Leaving Certificate Examination, 1911
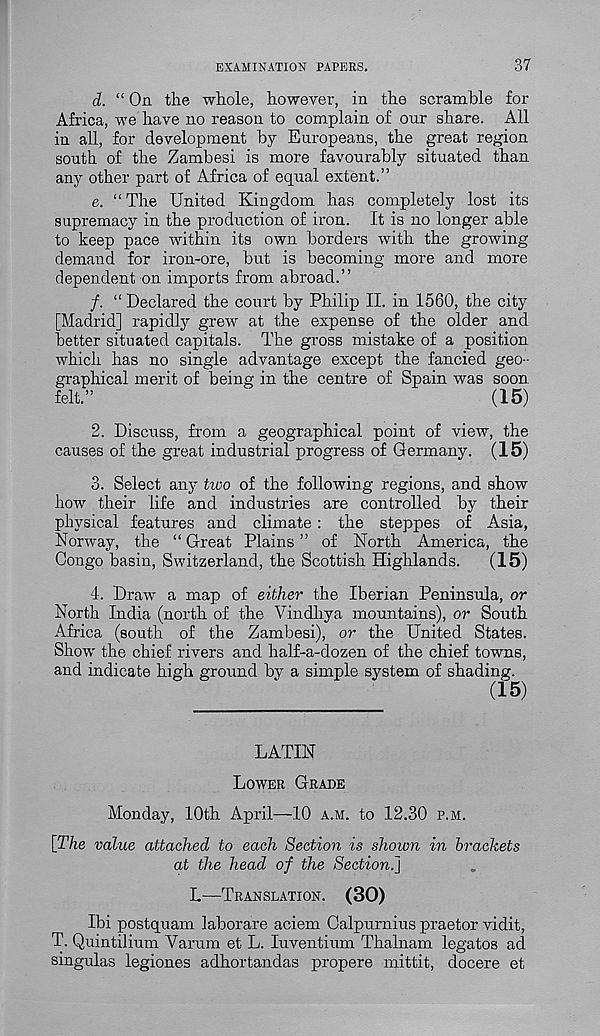
EXAMINATION PAPERS.
37
d. “ On the whole, however, in the scramble for
Africa, we have no reason to complain of onr share. All
in all, for development by Europeans, the great region
south of the Zambesi is more favourably situated than
any other part of Africa of equal extent.”
e. “The United Kingdom has completely lost its
supremacy in the production of iron. It is no longer able
to keep pace within its own borders with the growing
demand for iron-ore, but is becoming more and more
dependent on imports from abroad.”
/. “ Declared the court by Philip II. in 1560, the city
[Madrid] rapidly grew at the expense of the older and
better situated capitals. The gross mistake of a position
which has no single advantage except the fancied geo-
graphical merit of being in the centre of Spain was soon
felt.”
(15)
2. Discuss, from a geographical point of view, the
causes of the great industrial progress of Germany. (15)
3. Select any two of the following regions, and show
how their life and industries are controlled by their
physical features and climate : the steppes of Asia,
Norway, the “ Great Plains ” of North America, the
Congo basin, Switzerland, the Scottish Highlands.
(15)
4. Draw a map of either the Iberian Peninsula, or
North India (north of the Vindhya mountains), or South
Africa (south of the Zambesi), or the United States.
Show the chief rivers and half-a-dozen of the chief towns,
and indicate high ground by a simple system of shading.
LATIN
Lower Grade
Monday, 10th April—10 a.m. to 12.30 p.m.
[The value attached to each Section is shown in brackets
at the head of the Section.]
L—Translation. (30)
Ibi postquam laborare aciem Calpurnius praetor vidit,
T. Quintilium Varum et L. luventium Thalnam legates ad
singulas legiones adhortandas propere mittit, docere et